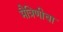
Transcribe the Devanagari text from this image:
मैत्रिणीचा